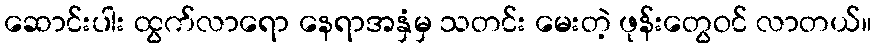
ဆောင်းပါး ထွက်လာရော နေရာအနှံမှ သတင်း မေးတဲ့ ဖုန်းတွေဝင် လာတယ်။